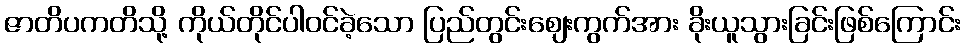
ဇာတိပကတိသို့ ကိုယ်တိုင်ပါဝင်ခဲ့သော ပြည်တွင်းဈေးကွက်အား ခိုးယူသွားခြင်းဖြစ်ကြောင်း